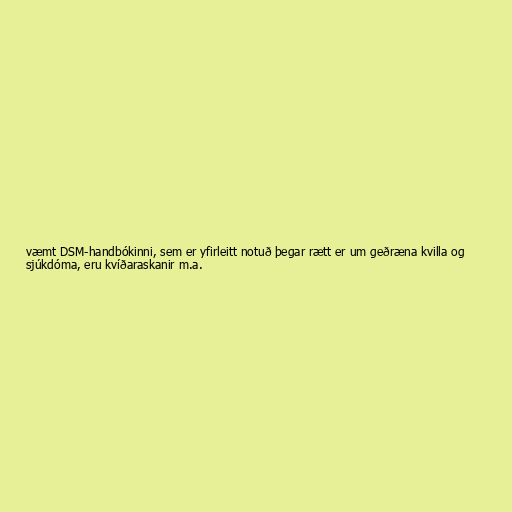
væmt DSM-handbókinni, sem er yfirleitt notuð þegar rætt er um geðræna kvilla og
sjúkdóma, eru kvíðaraskanir m.a.